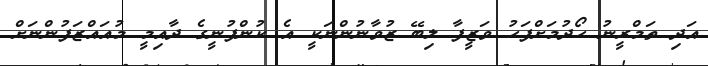
އަދި ތަމްރީނު ހޯދުމަށްފަހު ވަޒީފާ ލިބޭ ޒުވާނުންނަކީ އެ ކުންފުނީގެ ދާއިމީ މުއައްޒަފުންނަށް